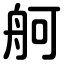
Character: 舸